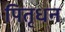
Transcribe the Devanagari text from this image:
पितृधन